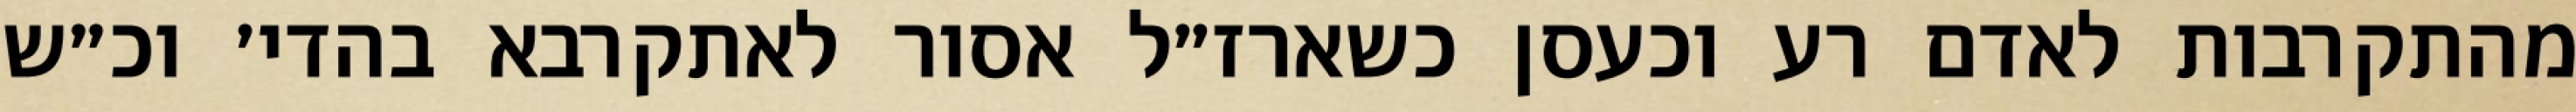
מהתקרבות לאדם רע וכעסן כשארז״ל אסור לאתקרבא בהדי׳ וכ״ש